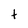
Character: t